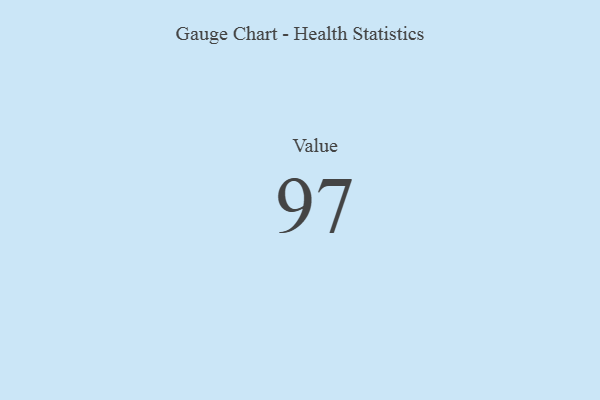
{"axis": {"x": "Metric", "y": "Value"}, "legend": [""], "data": [{"x": "Value", "y": 97, "type": ""}]}